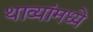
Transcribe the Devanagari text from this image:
थाव्यांमध्ये